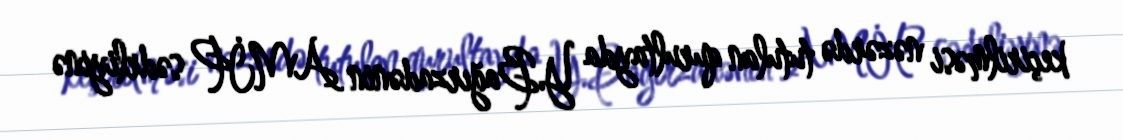
keçirilməsi nəzərdə tutulan qurultayda Y.Bağırzadənin AMİP sədrliyinə